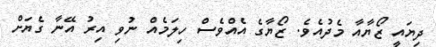
ދިޔައީ ޒޯޔާއާ މެދުއެވެ. ޒޯޔާގެ އެއްވެސް ހިލަމެއް ނުވި އިރު އޭނާ ގެޔަށް